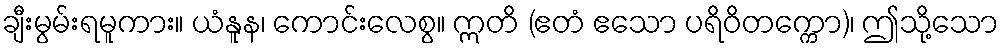
ချီးမွမ်းရမူကား။ ယံနူန၊ ကောင်းလေစွ။ ဣတိ (ဧတံ ဧသော ပရိဝိတက္ကော)၊ ဤသို့သော